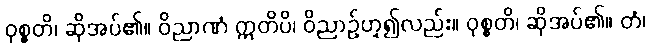
ဝုစ္စတိ၊ ဆိုအပ်၏။ ဝိညာဏံ ဣတိပိ၊ ဝိညာဉ်ဟူ၍လည်း။ ဝုစ္စတိ၊ ဆိုအပ်၏။ တံ၊